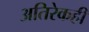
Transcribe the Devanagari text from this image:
अतिरेकही